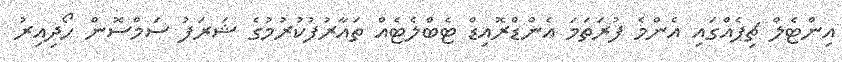
އިންޓެލް ޗިޕެއްގައި އެންމެ ފުރަތަމަ އެންޑްރޮއިޑް ޓެބްލެޓެއް ތައާރުފުކުރުމުގެ ޝަރަފު ސަމްސޮން ހޯދިއިރު